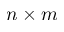
n \times m